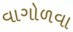
વાગોળવા